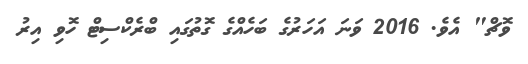
ވޮޗް" އެވެ. 2016 ވަނަ އަހަރުގެ ބަހެއްގެ ގޮތުގައި ބްރެކްސިޓް ހޮވި އިރު